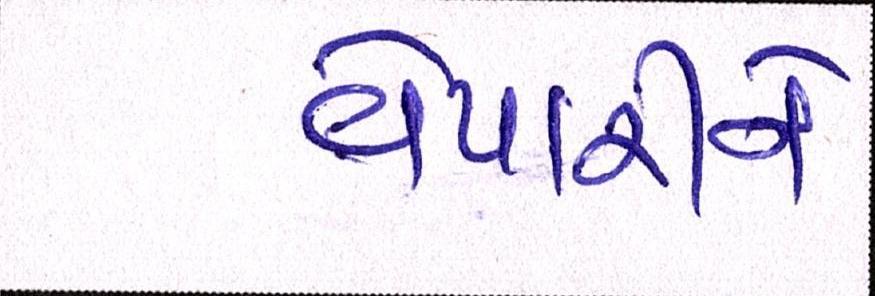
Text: વેપારીને